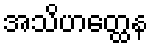
အသိဟတ္ထေန